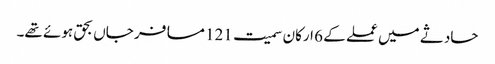
حادثے میں عملے کے 6 ارکان سمیت 121 مسافر جاں بحق ہوئے تھے۔